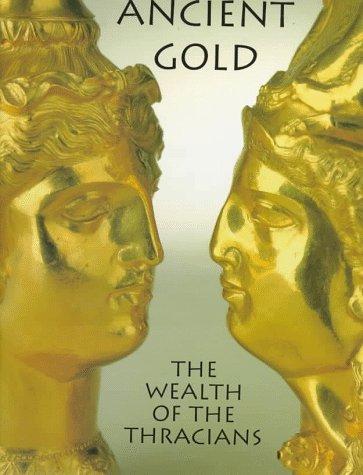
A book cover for Ancient Gold: The Wealth of the Thracians; Ivan Marazov; Travel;